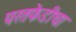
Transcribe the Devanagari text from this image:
परतफेडीचा